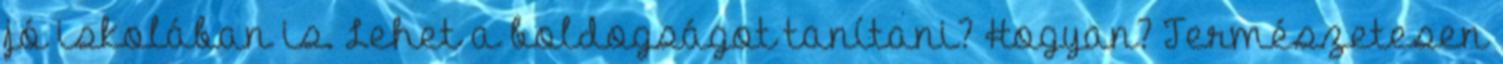
jó iskolában is. Lehet a boldogságot tanítani? Hogyan? Természetesen